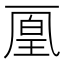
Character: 𠁉